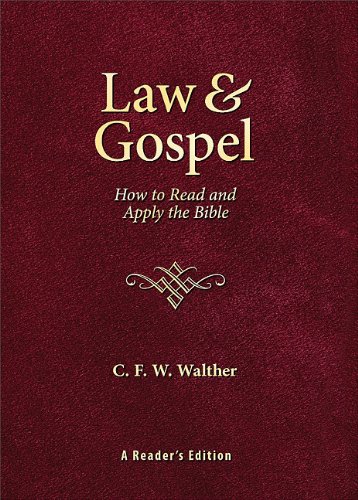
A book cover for Law and Gospel: How to Read and Apply the Bible; C. F. W. Walther; Christian Books & Bibles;